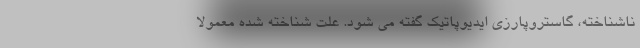
ناشناخته، گاستروپارزی ایدیوپاتیک گفته می شود. علت شناخته شده معمولا